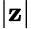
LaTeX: |\mathbf{z}|